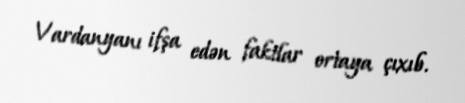
Vardanyanı ifşa edən faktlar ortaya çıxıb.